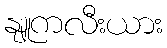
နျူကလီးယား